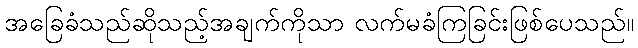
အခြေခံသည်ဆိုသည့်အချက်ကိုသာ လက်မခံကြခြင်းဖြစ်ပေသည်။